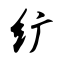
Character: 纩